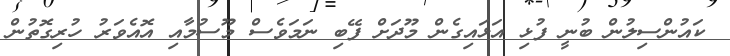
ކައުންސިލުން ބުނީ ފުޅި އަޅައިގެން މޫދަށް ފޭބި ނަމަވެސް މޫސުމާއި އޮއެވަރު ހުރިގޮތުން